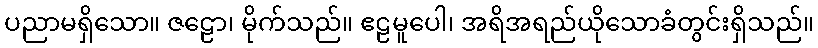
ပညာမရှိသော။ ဇဠော၊ မိုက်သည်။ ဧဠမူပေါ၊ အရိအရည်ယိုသောခံတွင်းရှိသည်။